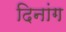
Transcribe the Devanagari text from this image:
दिनांग